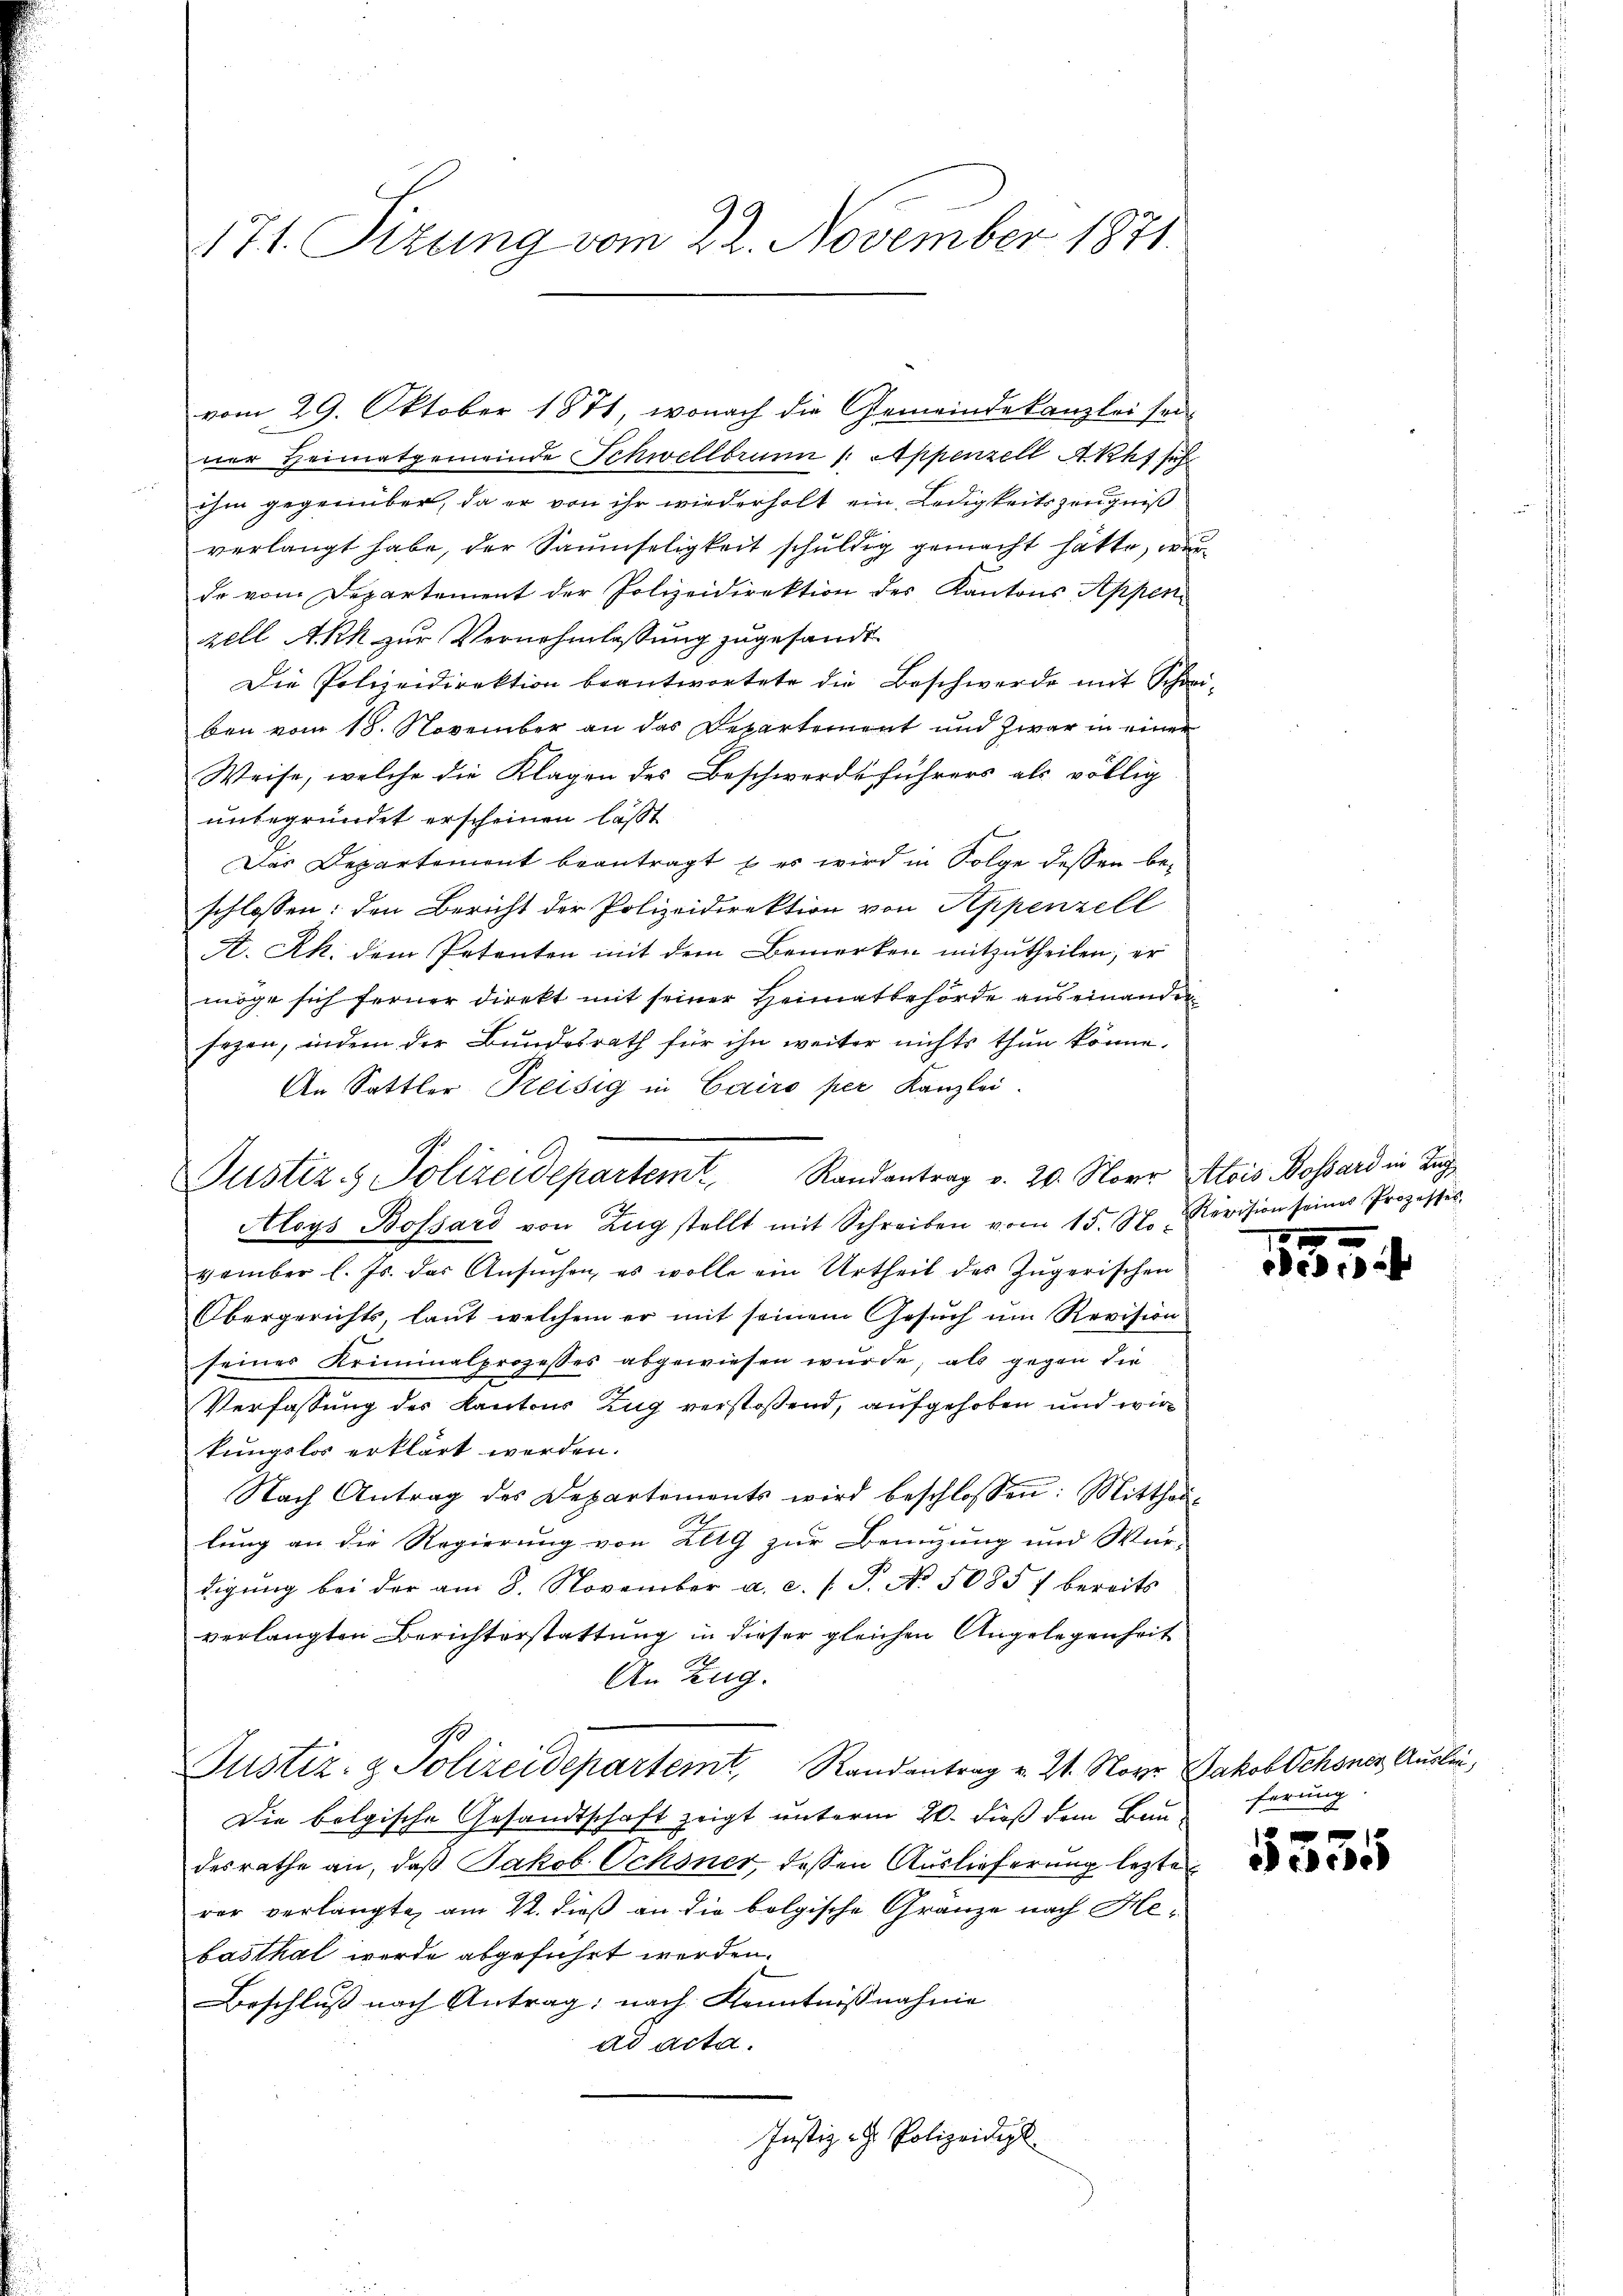
171. Sizung vom 22. November 1871

vom 29. Oktober 1871, wonach die Gemeindekanzlei sei.
ner Heimatgemeinde Schwellbrunn /: Appenzell Akt sich
ihm gegenüber, da er von ihr wiederholt ein Ledigkeitszeugniß
verlangt habe, der Saumseligkeit schuldig gemacht hätte, weg
de vom Departement der Polizeidirektion des Kantons Appen
zell Akh zur Vernehmlassung zugesandt
Die Polizeidirektion beantwortete die Beschwerde mit Schön
ben vom 18. November an das Departement und zwar in einer
Weise, welche die Klagen des Beschwerdeführers als völlig
unbegründet erscheinen läßt.
Das Departement beantragt, & es wird in Folge dessen be-
schlossen: den Bericht der Polizeidirektion von Appenzell
A. Rh. dem Petenten mit dem Bemerken mitzutheilen, er
möge sich ferner Direkt mit seiner Heimatbehörde aus einander
sogen, indem der Bundesrath für ihn weiter nichts thun könne.
An Sattler Preisig in Cairo per Kanzlei.
Justiz- & Polizeidepartem Randantrag v. 20. Novr Alois Bossard in Zug
Aloys Bossard von Zug stellt mit Schreiben vom 15. N. Revision seines Prozesses
vember l. Js. das Ansŭchen, es wolle ein Urtheil des Zŭgerischen
Obergerichts, laut welchem er mit seinem Gesuch um Revision
seiner Kriminalprozesses abgewiesen wurde; als gegen die
Verfassung des Kantons Zug verstossend, aufgehoben und wir
kungslos erklärt werden.
Nach Antrag des Departements wird beschlossen: Mittheilung an die Regierung von Zelg zur Benuzung und Wür-
digŭng bei der am 8. November a. c. (T. No. 50857 bereits
verlangten Berichterstattung in dieser gleichen Angelegenheit
An Zug.
Justiz- & Polizeidepartemt, Randantrag v. Zt. Novr Jakob Ochsner Auslei¬
Die belgische Gesandtschaft zeigt unterm 20. dieß dem Bau-
desrathe an, daß Jakob Ochsner, dessen Auslieferung lezte
rer verlangte, am 22. dieß an die bolgische Gränze nach Hebasthal werde abgeführt werden.
Beschluß nach Antrag: nach Kenntnißnahme
ad acta.
Justiz - Polizeidigk

5

e

ferung

x
r